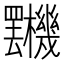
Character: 𣡯